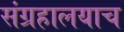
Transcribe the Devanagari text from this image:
संग्रहालयाच